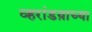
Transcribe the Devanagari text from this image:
व्हरांडय़ाच्या